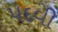
પદવી